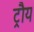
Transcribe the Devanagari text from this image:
ट्रौय